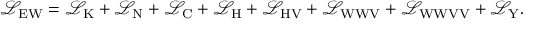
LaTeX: { \mathcal { L } } _ { \mathrm { E W } } = { \mathcal { L } } _ { \mathrm { K } } + { \mathcal { L } } _ { \mathrm { N } } + { \mathcal { L } } _ { \mathrm { C } } + { \mathcal { L } } _ { \mathrm { H } } + { \mathcal { L } } _ { \mathrm { H V } } + { \mathcal { L } } _ { \mathrm { W W V } } + { \mathcal { L } } _ { \mathrm { W W V V } } + { \mathcal { L } } _ { \mathrm { Y } } .